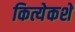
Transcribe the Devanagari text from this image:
कित्येकशे